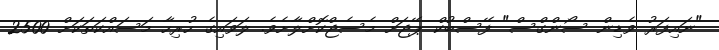
"ނައިފަރު ވެޑިން ސޯންގްސް" ފޭސްބުކް ޕޭޖަށް މެސެޖްކޮށްލާށެވެ. ލަވައިގެ ހުރިހާ މަސައްކަތަކަށް 2500